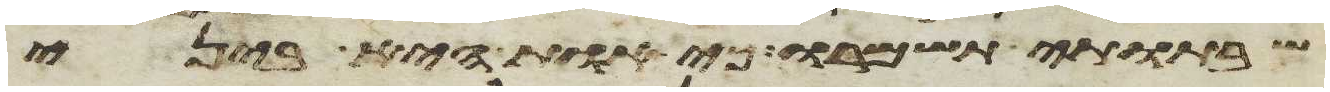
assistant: שבתתי תשמרו כי אות היא ביני